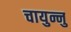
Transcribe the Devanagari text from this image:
चायुन्नु